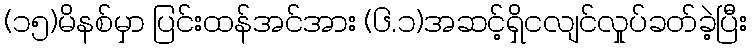
(၁၅)မိနစ်မှာ ပြင်းထန်အင်အား (၆.၁)အဆင့်ရှိငလျင်လှုပ်ခတ်ခဲ့ပြီး